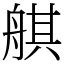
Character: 䑴